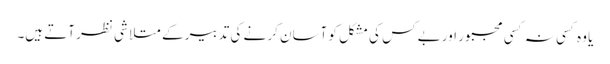
یا وہ کسی نہ کسی مجبور اور بے کس کی مشکل کو آسان کر نے کی تدبیر کے متلا شی نظر آتے ہیں۔